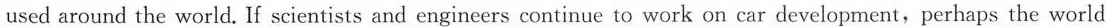
used around the world. If scientists and engineers continue to work on car development,perhaps the world